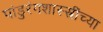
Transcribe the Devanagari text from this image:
पांडुरंगशास्स्त्रींच्या